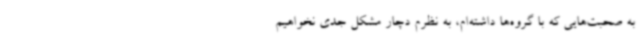
به صحبت‌هایی که با گروه‌ها داشته‌ام، به نظرم دچار مشکل جدی نخواهیم